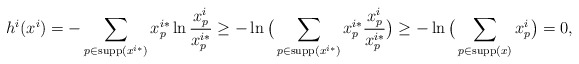
\begin{align*}h^i(x^ i) & =-\sum_{p\in \textrm{supp}(x^{i*})}x^{i*}_p\ln \frac{x^i_{p}}{x^{i*}_p} \geq - \ln \big(\sum_{p\in \textrm{supp}(x^{i*})}x^{i*}_p\frac{x^i_{p}}{x^{i*}_p}\big) \geq - \ln \big(\sum_{p\in \textrm{supp}(x)}x^i_{p}\big) =0,\end{align*}